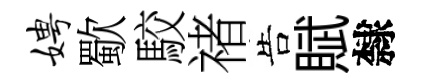
娉歜駮禇告賦隸